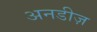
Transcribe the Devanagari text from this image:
अनडीज़